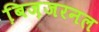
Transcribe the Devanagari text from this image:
बि़ज़जरनल